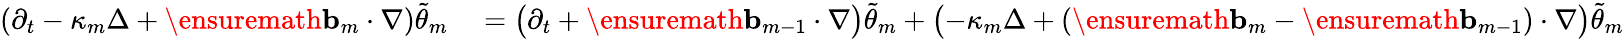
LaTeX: \begin{array}{rl}{(\partial_{t}-\kappa_{m}\Delta+\ensuremath{\mathbf{b}}_{m}\cdot\nabla)\tilde{\theta}_{m}}&{{}=\bigl(\partial_{t}+\ensuremath{\mathbf{b}}_{m-1}\cdot\nabla\bigr)\tilde{\theta}_{m}+\bigl(-\kappa_{m}\Delta+(\ensuremath{\mathbf{b}}_{m}-\ensuremath{\mathbf{b}}_{m-1})\cdot\nabla\bigr)\tilde{\theta}_{m}}\end{array}